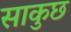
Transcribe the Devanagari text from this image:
साकुछ